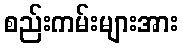
စည်းကမ်းများအား